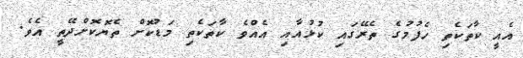
އެއީ ކާތަކެތި ހެފުމުގެ ތެރޭގައި ކުޅުއާއި އެއްވެ ކާތަކެތި މަޑުކޮށް ތެޔޮކޮށްދޭތީ އެވެ.